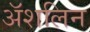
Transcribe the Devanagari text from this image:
अॅशलिन